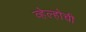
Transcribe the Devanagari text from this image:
व्हेल्होची